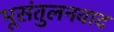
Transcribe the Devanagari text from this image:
भूसंतुलनवाद